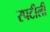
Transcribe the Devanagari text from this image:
रपटीली